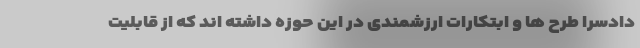
دادسرا طرح ها و ابتکارات ارزشمندی در این حوزه داشته اند که از قابلیت